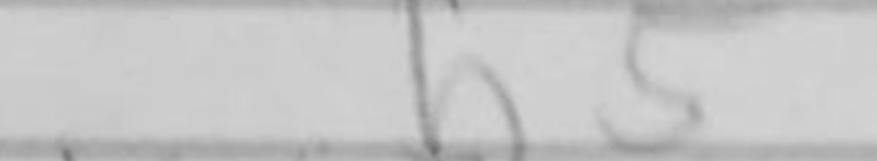
Transcription: b5